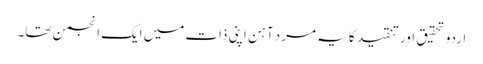
اردو تحقیق اور تنقید کا یہ مرد آہن اپنی ذات میں ایک انجمن تھا۔